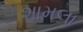
શામલા